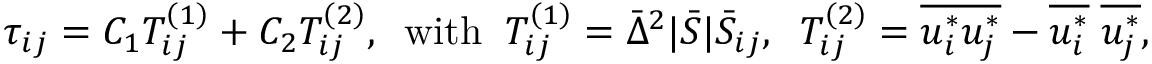
{ \tau _ { i j } } = { C _ { 1 } } T _ { i j } ^ { \left( 1 \right) } + { C _ { 2 } } T _ { i j } ^ { \left( 2 \right) } , \; \; \mathrm { { w i t h } } \; \; T _ { i j } ^ { \left( 1 \right) } = { { \bar { \Delta } } ^ { 2 } } | \bar { S } | { { \bar { S } } _ { i j } } , \; \; T _ { i j } ^ { \left( 2 \right) } = \overline { { u _ { i } ^ { * } u _ { j } ^ { * } } } - \overline { { u _ { i } ^ { * } } } \; \overline { { u _ { j } ^ { * } } } ,